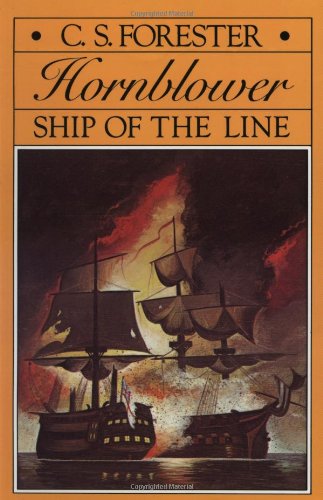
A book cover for Ship of the Line (Hornblower Saga); C. S. Forester; Literature & Fiction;